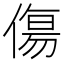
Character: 傷